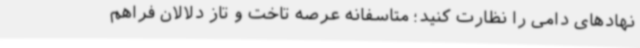
نهادهای دامی را نظارت کنید؛ متاسفانه عرصه تاخت و تاز دلالان فراهم